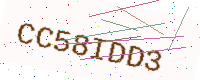
Text: CC58IDD3